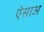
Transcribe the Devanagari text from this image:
ऐसाअ